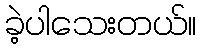
ခဲ့ပါသေးတယ်။